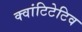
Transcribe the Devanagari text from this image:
क्वांटिटेटिव